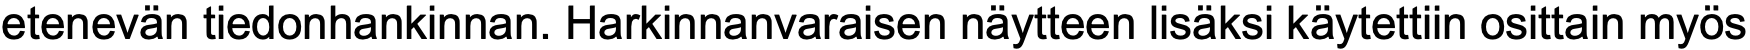
etenevän tiedonhankinnan. Harkinnanvaraisen näytteen lisäksi käytettiin osittain myös